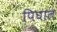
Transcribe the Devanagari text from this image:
पिघाल